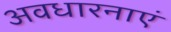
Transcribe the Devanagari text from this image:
अवधारनाएं